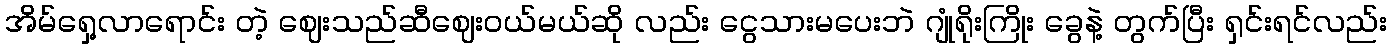
အိမ်ရှေ့လာရောင်း တဲ့ ဈေးသည်ဆီဈေးဝယ်မယ်ဆို လည်း ငွေသားမပေးဘဲ ဂျုံရိုးကြိုး ခွေနဲ့ တွက်ပြီး ရှင်းရင်လည်း